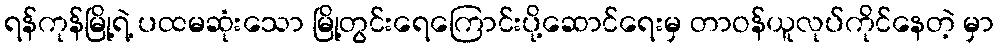
ရန်ကုန်မြို့ရဲ့ ပထမဆုံးသော မြို့တွင်းရေကြောင်းပို့ဆောင်ရေးမှ တာဝန်ယူလုပ်ကိုင်နေတဲ့ မှာ